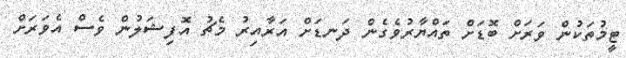
ޓީމުތަކުން ވަރަށް ބޮޑަށް ތައްޔާރުވެގެން ދަނޑަށް އަރާއިރު މެޗު އޮފިޝަލުން ވެސް އެވަރަށް